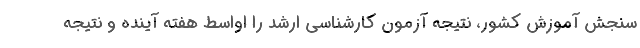
سنجش آموزش کشور، نتیجه آزمون کارشناسی ارشد را اواسط هفته آینده و نتیجه